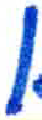
אות: ן